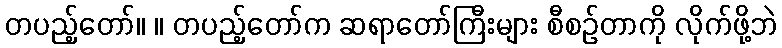
တပည့်တော်။ ။ တပည့်တော်က ဆရာတော်ကြီးများ စီစဉ်တာကို လိုက်ဖို့ဘဲ